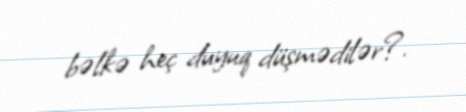
bəlkə heç duyuq düşmədilər?.